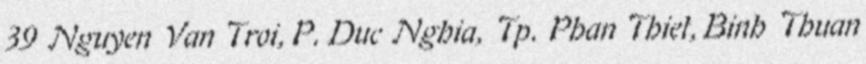
39 Nguyen Van Troi, P. Duc Nghia, Tp. Phan Thiet, Binh Thuan